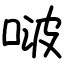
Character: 啵